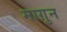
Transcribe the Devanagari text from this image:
माग़ुन